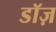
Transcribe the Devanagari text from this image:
डॉज़